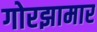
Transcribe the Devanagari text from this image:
गोरझामार